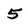
Character: 5